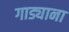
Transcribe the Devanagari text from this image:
गाड्याना